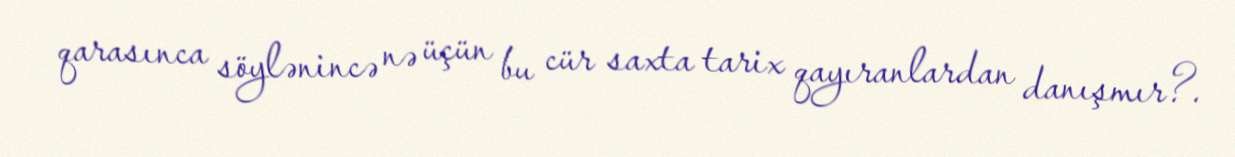
qarasınca söylənincə nə üçün bu cür saxta tarix qayıranlardan danışmır?.